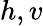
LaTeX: h,v